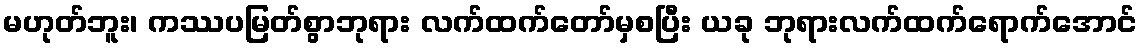
မဟုတ်ဘူး၊ ကဿပမြတ်စွာဘုရား လက်ထက်တော်မှစပြီး ယခု ဘုရားလက်ထက်ရောက်အောင်